system: You are a helpful assistant.
user:
Analyze the provided spectrum to determine if it is a **M-type Giant (gM)**.

A M-type Giant spectrum is defined by its **strong molecular absorption** features, particularly from **Titanium Oxide (TiO)**. You must check for one of the following mutually exclusive signatures:

- **Key Visual Indicators (Absorption-Dominated Spectrum):**

    - **(Primary):** The spectrum is dominated by strong molecular absorption from **Titanium Oxide (TiO)**. This is the **defining feature** of its M-type temperature class.
        - **(Key Bandheads):** Look for sharp, "saw-tooth" absorption valleys. The strongest are located near **~7050 Å**, **~6160 Å**, and **~5170 Å**.
        - **(Line Profile):** The "saw-tooth" morphology is critical: a **sharp, steep drop on the BLUE (short-wavelength) side** of the bandhead, followed by a gradual recovery (rising flux) towards the RED (long-wavelength) side.

    - **(Key Confirmation - Giant vs. Dwarf):** **ABSENCE** of strong **Calcium Hydride (CaH)** molecular bands. This is the primary diagnostic for *excluding* M-dwarfs.
        - **(Key Region):** The spectrum should lack the strong, broad absorption band seen in dwarfs between **~6800 Å and ~7000 Å**.

    - **(Secondary Confirmation - Giant):** A very strong and broad **Neutral Calcium (Ca I)** atomic absorption line.
        - **(Key Line):** Located at **~4226 Å**. In a giant (gM), this line is significantly deeper and broader than the same line in an M-dwarf (dM) due to low surface gravity.

    - **(Overall Spectrum):**
        - The continuum is **extremely red-sloping** (i.e., flux is very low in the blue and rises dramatically towards the red).
        - The entire spectrum appears "chopped up" by the deep TiO bands.

Think first, call **spectral_visualization_tool** if needed to examine features in detail, then provide your final answer. Your response must adhere to the following strict rules:
1.  **Overall Structure:** Your response must follow the format `<think>...</think> <tool_call>...</tool_call> (if a tool is used) <answer>...</answer>`.
2.  **Tool Usage Constraint:** You may only make **one** tool call per turn.
3.  **Final Answer Format:** In the `<answer>` tag, your conclusion must be inside a `\boxed{}` command (e.g., `\boxed{YES}` or `\boxed{NO}`), followed by your justification.

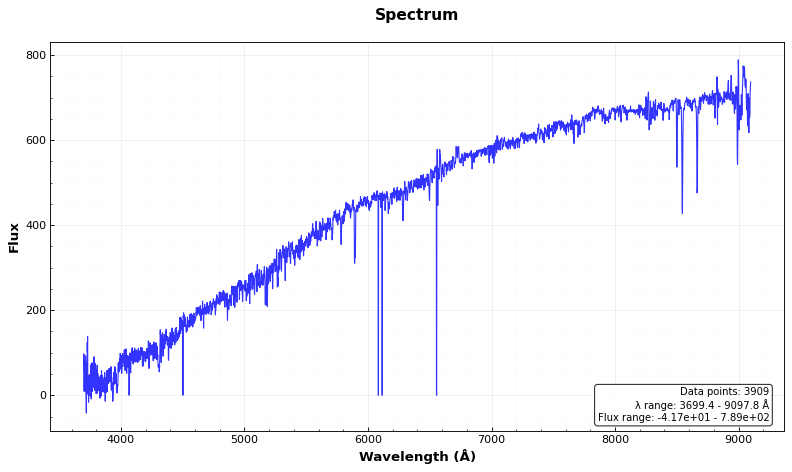
Answer: NO